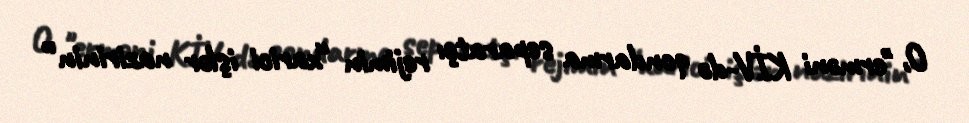
O, "erməni KİV-də qondarma separatçı rejimin “xarici işlər nazirinin”